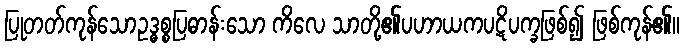
ပြုတတ်ကုန်သောဥဒ္ဓစ္စပြဓာန်းသော ကိလေ သာတို့၏ပဟာယကပဋိပက္ခဖြစ်၍ ဖြစ်ကုန်၏။